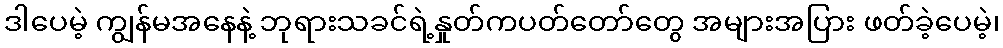
ဒါပေမဲ့ ကျွန်မအနေနဲ့ ဘုရားသခင်ရဲ့နှုတ်ကပတ်တော်တွေ အများအပြား ဖတ်ခဲ့ပေမဲ့၊